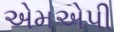
એમએપી